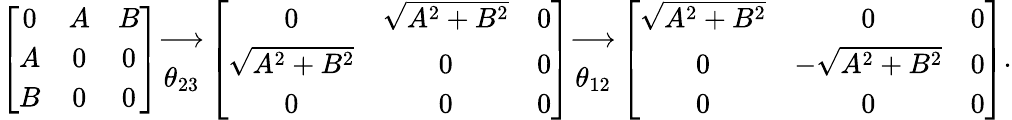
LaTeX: \left[\begin{array}{ccc}{{0}}&{{A}}&{{B}}\\ {{A}}&{{0}}&{{0}}\\ {{B}}&{{0}}&{{0}}\end{array}\right]\begin{array}{c}{{\longrightarrow}}\\ {{\theta_{23}}}\end{array}\left[\begin{array}{ccc}{{0}}&{{\sqrt{A^{2}+B^{2}}}}&{{0}}\\ {{\sqrt{A^{2}+B^{2}}}}&{{0}}&{{0}}\\ {{0}}&{{0}}&{{0}}\end{array}\right]\begin{array}{c}{{\longrightarrow}}\\ {{\theta_{12}}}\end{array}\left[\begin{array}{ccc}{{\sqrt{A^{2}+B^{2}}}}&{{0}}&{{0}}\\ {{0}}&{{-\sqrt{A^{2}+B^{2}}}}&{{0}}\\ {{0}}&{{0}}&{{0}}\end{array}\right].